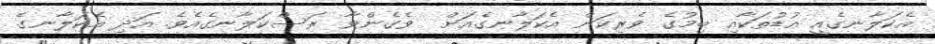
އެކަލާނގެއީ އުޑުތަކާއި ބިމުގެ ވެރިކަން އެކަލާނގެއަށް  ވެގެންވާ ރަސްކަލާނގެއެވެ. އަދި އެކަލާނގެ